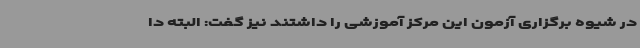
در شیوه برگزاری آزمون این مرکز آموزشی را داشتند نیز گفت: البته دا